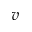
v